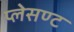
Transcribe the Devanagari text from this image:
प्लेसण्ट